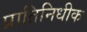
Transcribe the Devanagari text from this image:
प्रातिनिधीक